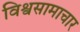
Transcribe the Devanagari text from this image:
विश्वसामाचार